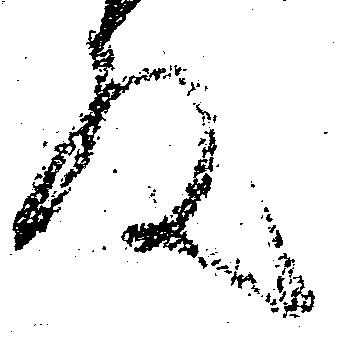
殿